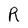
Character: R